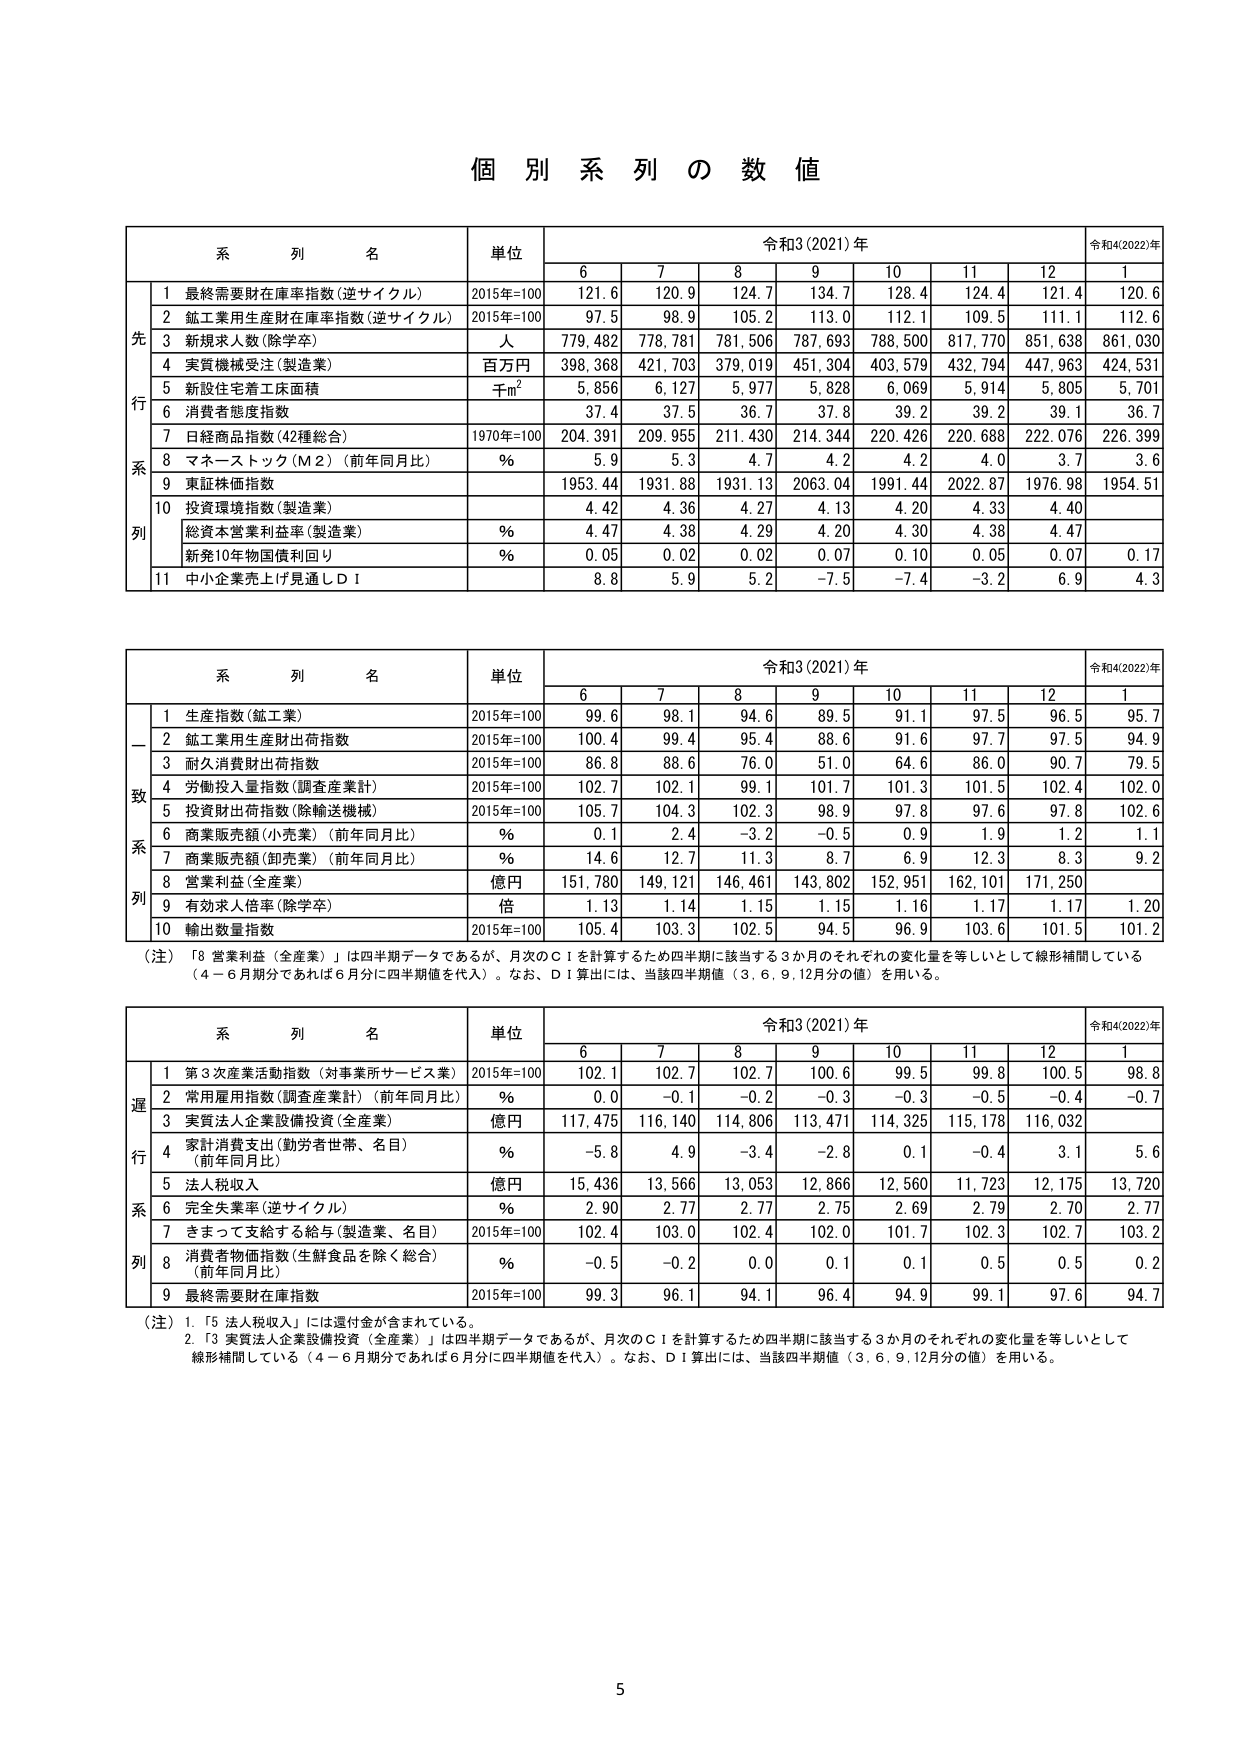
個 別 系 列 の 数 値

系 列 名 単位 令和3(2021)年 令和4(2022)年
6 7 8 9 10 11 12 1
先 行 系 列
1 最終需要財在庫率指数(逆サイクル) 2015年=100 121.6 120.9 124.7 134.7 128.4 124.4 121.4 120.6
2 鉱工業用生産財在庫率指数(逆サイクル) 2015年=100 97.5 98.9 105.2 113.0 112.1 109.5 111.1 112.6
3 新規求人数(除学卒) 人 779,482 778,781 781,506 787,693 788,500 817,770 851,638 861,030
4 実質機械受注(製造業) 百万円 398,368 421,703 379,019 451,304 403,579 432,794 447,963 424,531
5 新設住宅着工床面積 千㎡ 5,856 6,127 5,977 5,828 6,069 5,914 5,805 5,701
6 消費者態度指数 37.4 37.5 36.7 37.8 39.2 39.2 39.1 36.7
7 日経商品指数(42種総合) 1970年=100 204.391 209.955 211.430 214.344 220.426 220.688 222.076 226.399
8 マネーストック(M2)(前年同月比) % 5.9 5.3 4.7 4.2 4.2 4.0 3.7 3.6
9 東証株価指数 1953.44 1931.88 1931.13 2063.04 1991.44 2022.87 1976.98 1954.51
10 投資環境指数(製造業) 4.42 4.36 4.27 4.13 4.20 4.33 4.40
総資本営業利益率(製造業) % 4.47 4.38 4.29 4.20 4.30 4.38 4.47
新発10年物国債利回り % 0.05 0.02 0.02 0.07 0.10 0.05 0.07 0.17
11 中小企業売上げ見通しＤＩ 8.8 5.9 5.2 -7.5 -7.4 -3.2 6.9 4.3

系 列 名 単位 令和3(2021)年 令和4(2022)年
6 7 8 9 10 11 12 1
一 致 系 列
1 生産指数(鉱工業) 2015年=100 99.6 98.1 94.6 89.5 91.1 97.5 96.5 95.7
2 鉱工業用生産財出荷指数 2015年=100 100.4 99.4 95.4 88.6 91.6 97.7 97.5 94.9
3 耐久消費財出荷指数 2015年=100 86.8 88.6 76.0 51.0 64.6 86.0 90.7 79.5
4 労働投入量指数(調査産業計) 2015年=100 102.7 102.1 99.1 101.7 101.3 101.5 102.4 102.0
5 投資財出荷指数(除輸送機械) 2015年=100 105.7 104.3 102.3 98.9 97.8 97.6 97.8 102.6
6 商業販売額(小売業)(前年同月比) % 0.1 2.4 -3.2 -0.5 0.9 1.9 1.2 1.1
7 商業販売額(卸売業)(前年同月比) % 14.6 12.7 11.3 8.7 6.9 12.3 8.3 9.2
8 営業利益(全産業) 億円 151,780 149,121 146,461 143,802 152,951 162,101 171,250
9 有効求人倍率(除学卒) 倍 1.13 1.14 1.15 1.15 1.16 1.17 1.17 1.20
10 輸出数量指数 2015年=100 105.4 103.3 102.5 94.5 96.9 103.6 101.5 101.2
(注) 「8 営業利益(全産業)」は四半期データであるが、月次のＣＩを計算するため四半期に該当する3か月のそれぞれの変化量を等しいとして線形補間している（4－6月期分であれば6月分に四半期値を代入）。なお、ＤＩ算出には、当該四半期値（3,6,9,12月分の値）を用いる。

系 列 名 単位 令和3(2021)年 令和4(2022)年
6 7 8 9 10 11 12 1
運 行 系 列
1 第3次産業活動指数(対事業所サービス業) 2015年=100 102.1 102.7 102.7 100.6 99.5 99.8 100.5 98.8
2 常用雇用指数(調査産業計)(前年同月比) % 0.0 -0.1 -0.2 -0.3 -0.3 -0.5 -0.4 -0.7
3 実質法人企業設備投資(全産業) 億円 117,475 116,140 114,806 113,471 114,325 115,178 116,032
4 家計消費支出(勤労者世帯、名目)(前年同月比) % -5.8 4.9 -3.4 -2.8 0.1 -0.4 3.1 5.6
5 法人税収入 億円 15,436 13,566 13,053 12,866 12,560 11,723 12,175 13,720
6 完全失業率(逆サイクル) % 2.90 2.77 2.77 2.75 2.69 2.79 2.70 2.77
7 きまって支給する給与(製造業、名目) 2015年=100 102.4 103.0 102.4 102.0 101.7 102.3 102.7 103.2
8 消費者物価指数(生鮮食品を除く総合)(前年同月比) % -0.5 -0.2 0.0 0.1 0.1 0.5 0.5 0.2
9 最終需要財在庫指数 2015年=100 99.3 96.1 94.1 96.4 94.9 99.1 97.6 94.7
(注) 1. 「5 法人税収入」には還付金が含まれている。
2. 「3 実質法人企業設備投資(全産業)」は四半期データであるが、月次のＣＩを計算するため四半期に該当する3か月のそれぞれの変化量を等しいとして線形補間している（4－6月期分であれば6月分に四半期値を代入）。なお、ＤＩ算出には、当該四半期値（3,6,9,12月分の値）を用いる。

5